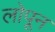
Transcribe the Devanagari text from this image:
लोपून